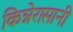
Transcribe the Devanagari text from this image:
किन्नेरासानी